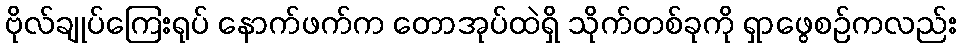
ဗိုလ်ချုပ်ကြေးရုပ် နောက်ဖက်က တောအုပ်ထဲရှိ သိုက်တစ်ခုကို ရှာဖွေစဉ်ကလည်း